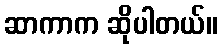
ဆာကာက ဆိုပါတယ်။